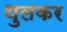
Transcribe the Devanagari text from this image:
थुलकर